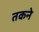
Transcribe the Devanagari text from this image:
तकने